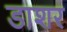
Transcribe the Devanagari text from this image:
डाशर